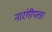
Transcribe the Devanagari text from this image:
नारंगीपत्ता